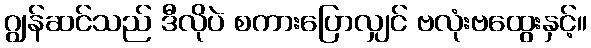
ဂျွန်ဆင်သည် ဒီလိုပဲ စကားပြောလျှင် ဗလုံးဗထွေးနှင့်။